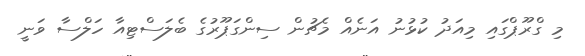
މި ގްރޫޕްގައި މިއަދު ކުޅުނު އަނެއް މެޗުން ސިންގަޕޫރުގެ ބެލަސްޓިއާ ހަލްސާ ވަނީ